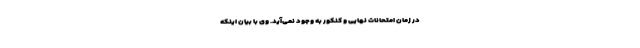
در زمان امتحانات نهایی و کنکور به وجود نمی‌آید. وی با بیان اینکه